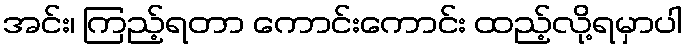
အင်း၊ ကြည့်ရတာ ကောင်းကောင်း ထည့်လို့ရမှာပါ